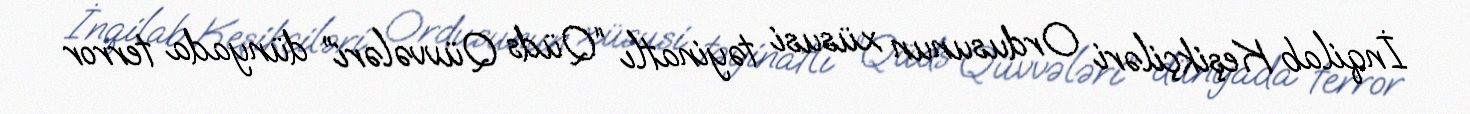
İnqilab Keşikçiləri Ordusunun xüsusi təyinatlı “Qüds Qüvvələri” dünyada terror